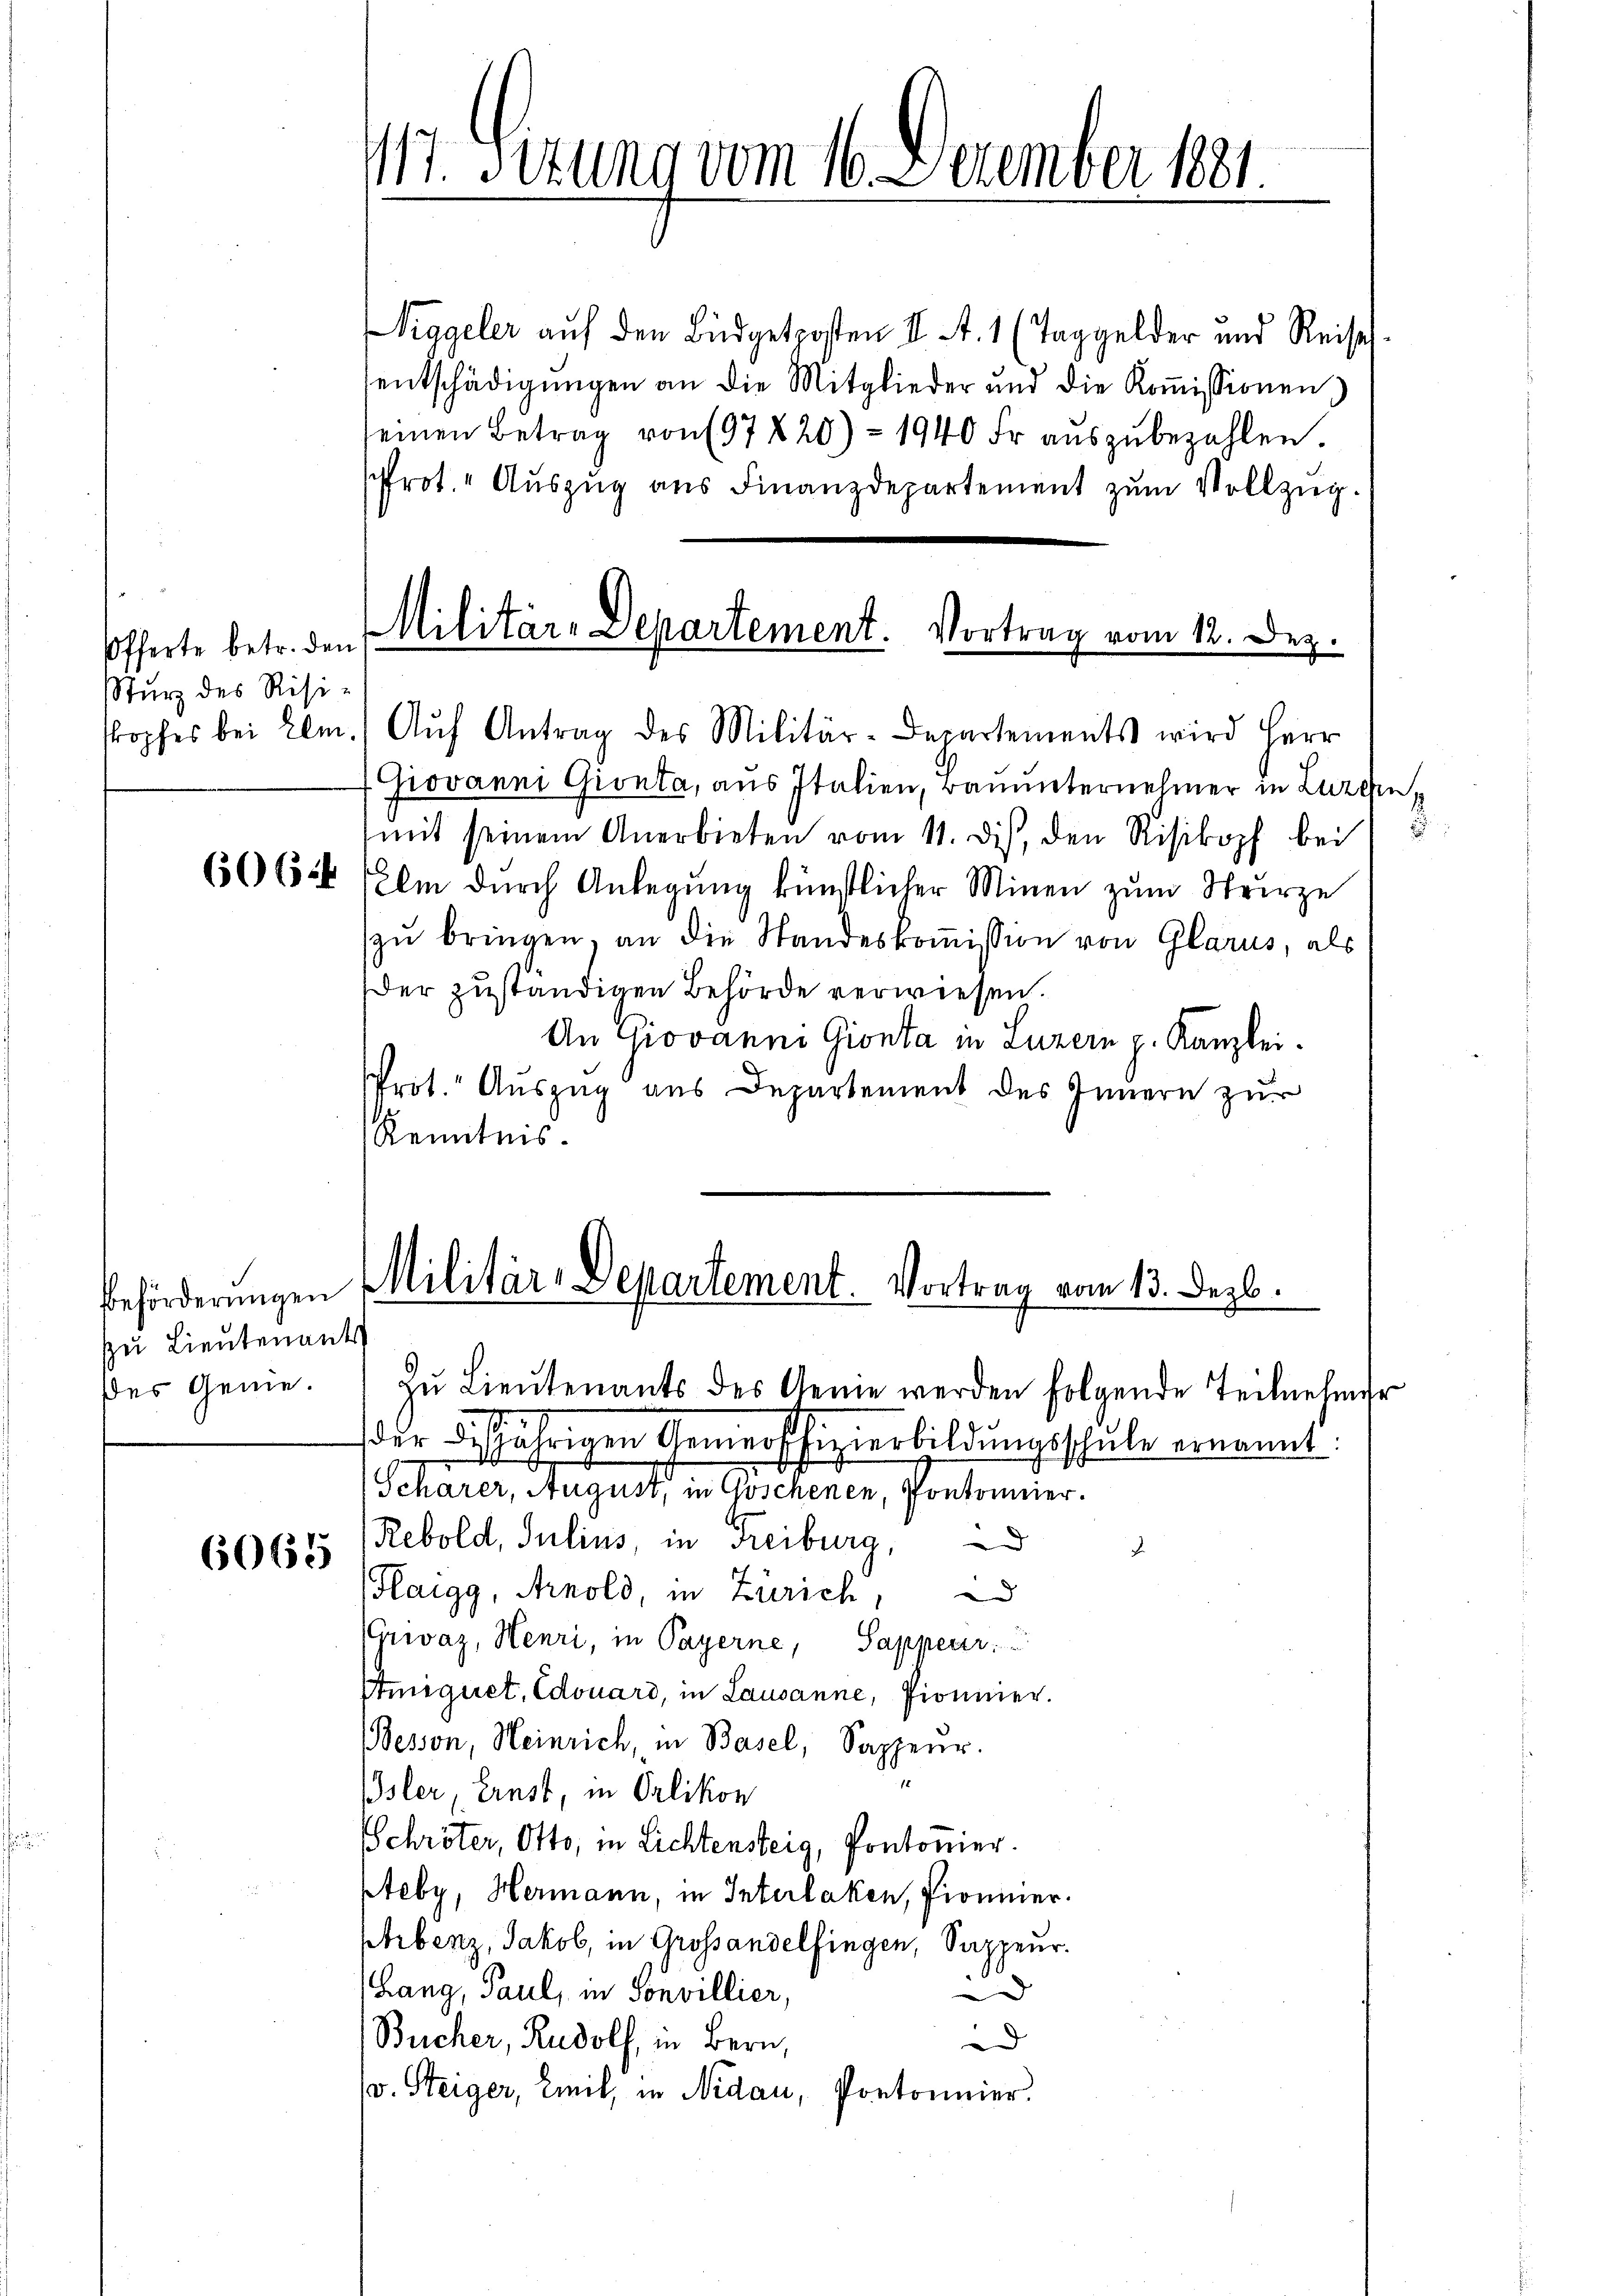
Offerte betr. den
Sturz des Risiropfes bei Elm

6065

zu Lieutenants

117. Situng vom 16. Dezember 1881

Niggeler auf den Büdgetposten II. A. 1 (Taggelder und Reise
entschädigŭngen an die Mitglieder und die Koṁissionen
seinen Betrag von 197820) - 1940 Fr. aŭszŭbezahlen
srot. Auszug aus Finanzdepartement zum Vollzug.

Militär-Departement. Vortrag vom 12. Dez.
) Aŭf Antrag des Militär-Departements wird Herr

Giovanni Gionta, aus Italien, Bauunternehmer in Luzern,
(mit seinem Anerbieten vom 11. dies, den Risikopf bei
6664 Elle durch Anlegung künstlicher Minen zŭm Sturze
zu bringen, an die Standeskommission von Glarus, als
der zuständigen Behörde verwiesen.
An Giovanni Gionta in Luzern p. Kanzlei.
Prot. Auszug aus Departement des Innern zur
Kenntnis.

beförderungen Militär-Departement. Vortrag vom 13. Dezb.

des Genie. zŭ Lieŭtenants des Genie werden folgende Teilnehmer
der desjährigen Gemeoffizierbildungsschule ernannt.
Scharer, August, in Göschenen, Pontonnier.
Rebold, Julius, in Freiburg,
J
Haigg, Arnold, in Zürich,
(Grvaz, Henri, in Payerne, Sappeur.
Amigiret, Edouard, in Lausanne, Pionier.
Besson, Heinrich, in Basel, Sappeur.
Isler, Ernst, in Orlikon
Schröter, Otto, in Lichtensteig, Pontonier.
Steby, Hermann, in Interlaken, Pionier.
ptrbenz, Jakob, in Grossandelfingen, Sappeur.
d
Lang, Paul, in Sonvillier,
d
Bücher, Rudolf, in Bern,
(v. Steiger, Emil, in Nidau, Pontonnier.